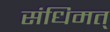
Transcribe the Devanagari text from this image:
संधिमत्